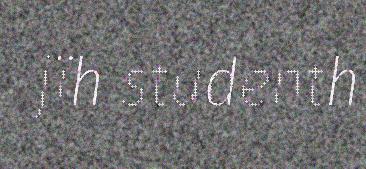
jïh studenth